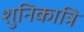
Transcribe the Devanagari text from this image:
शुनिकात्रि